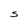
Character: S